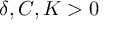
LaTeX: \delta , C , K > 0